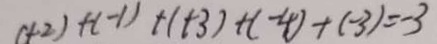
( + 2 ) + ( - 1 ) + ( + 3 ) + ( - 4 ) + ( - 3 ) = - 3